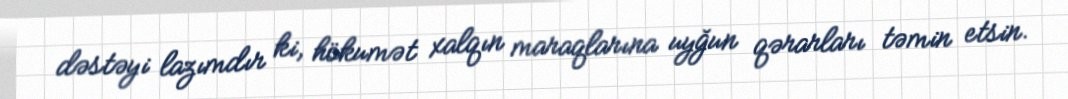
dəstəyi lazımdır ki, hökumət xalqın maraqlarına uyğun qərarları təmin etsin.